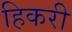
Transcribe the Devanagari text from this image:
हिकरी